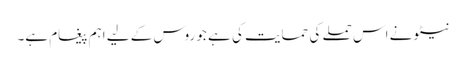
نیٹو نے اس حملے کی حمایت کی ہے جو روس کے لیے اہم پیغام ہے۔